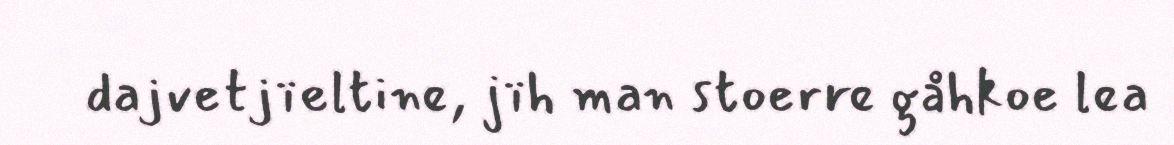
dajvetjïeltine, jïh man stoerre gåhkoe lea